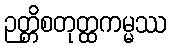
ဉတ္တိစတုတ္ထကမ္မဿ